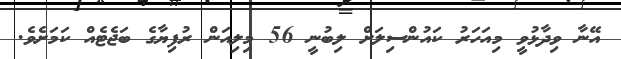
އޭނާ ވިދާޅުވީ މިއަހަރު ކައުންސިލަށް ލިބުނީ 56 މިލިއަން ރުފިޔާގެ ބަޖެޓެއް ކަމަށެވެ.